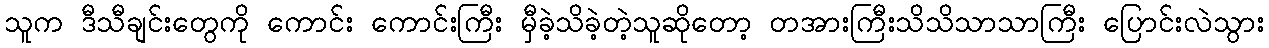
သူက ဒီသီချင်းတွေကို ကောင်း ကောင်းကြီး မှီခဲ့သိခဲ့တဲ့သူဆိုတော့ တအားကြီးသိသိသာသာကြီး ပြောင်းလဲသွား